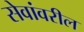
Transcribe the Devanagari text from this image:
सेवांवरील